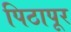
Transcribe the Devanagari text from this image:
पिठापूर